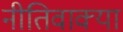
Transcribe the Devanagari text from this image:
नीतिवाक्या